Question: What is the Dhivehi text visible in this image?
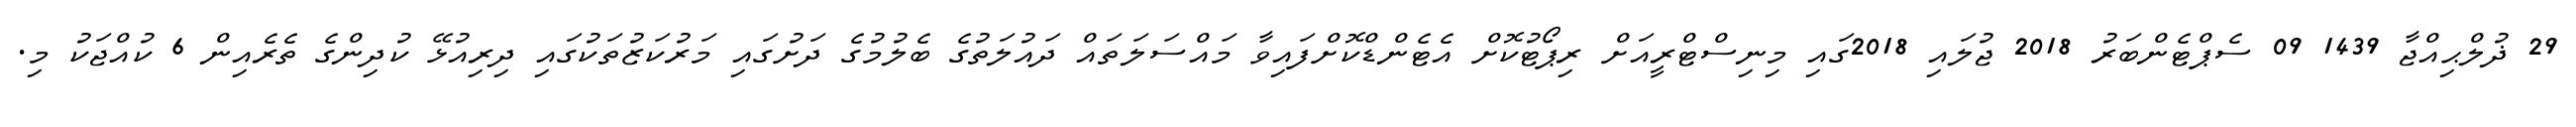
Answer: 29 ޛުލްޙިއްޖާ 1439 09 ސެޕްޓެންބަރު 2018 ޖުލައި 2018ގައި މިނިސްޓްރީއަށް ރިޕޯޓުކޮށް އެޓެންޑްކޮށްފައިވާ މައްސަލަތައް ދައުލަތުގެ ބެލުމުގެ ދަށުގައި މަރުކަޒުތަކުގައި ދިރިއުޅޭ ކުދިންގެ ތެރެއިން 6 ކުއްޖަކު މި.